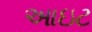
આઇટ